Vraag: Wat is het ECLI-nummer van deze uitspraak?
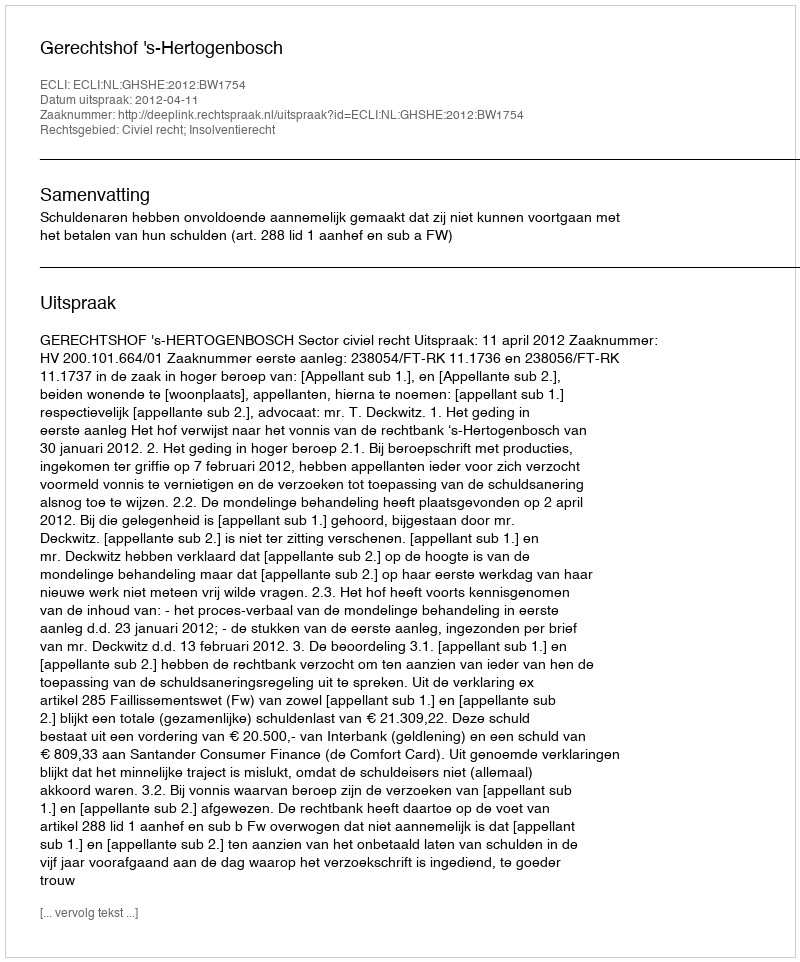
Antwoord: ECLI:NL:GHSHE:2012:BW1754